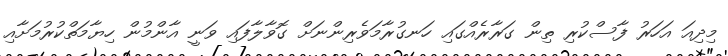
މިދިއަ އަހަރު ފާސްކުރި ތިން ގަރާރެއްގައި ހަނގުރާމަވެރިންނަށް ގޮވާލާފައި ވަނީ އާންމުން ހިޔާމަތްކުރުމަށާއި